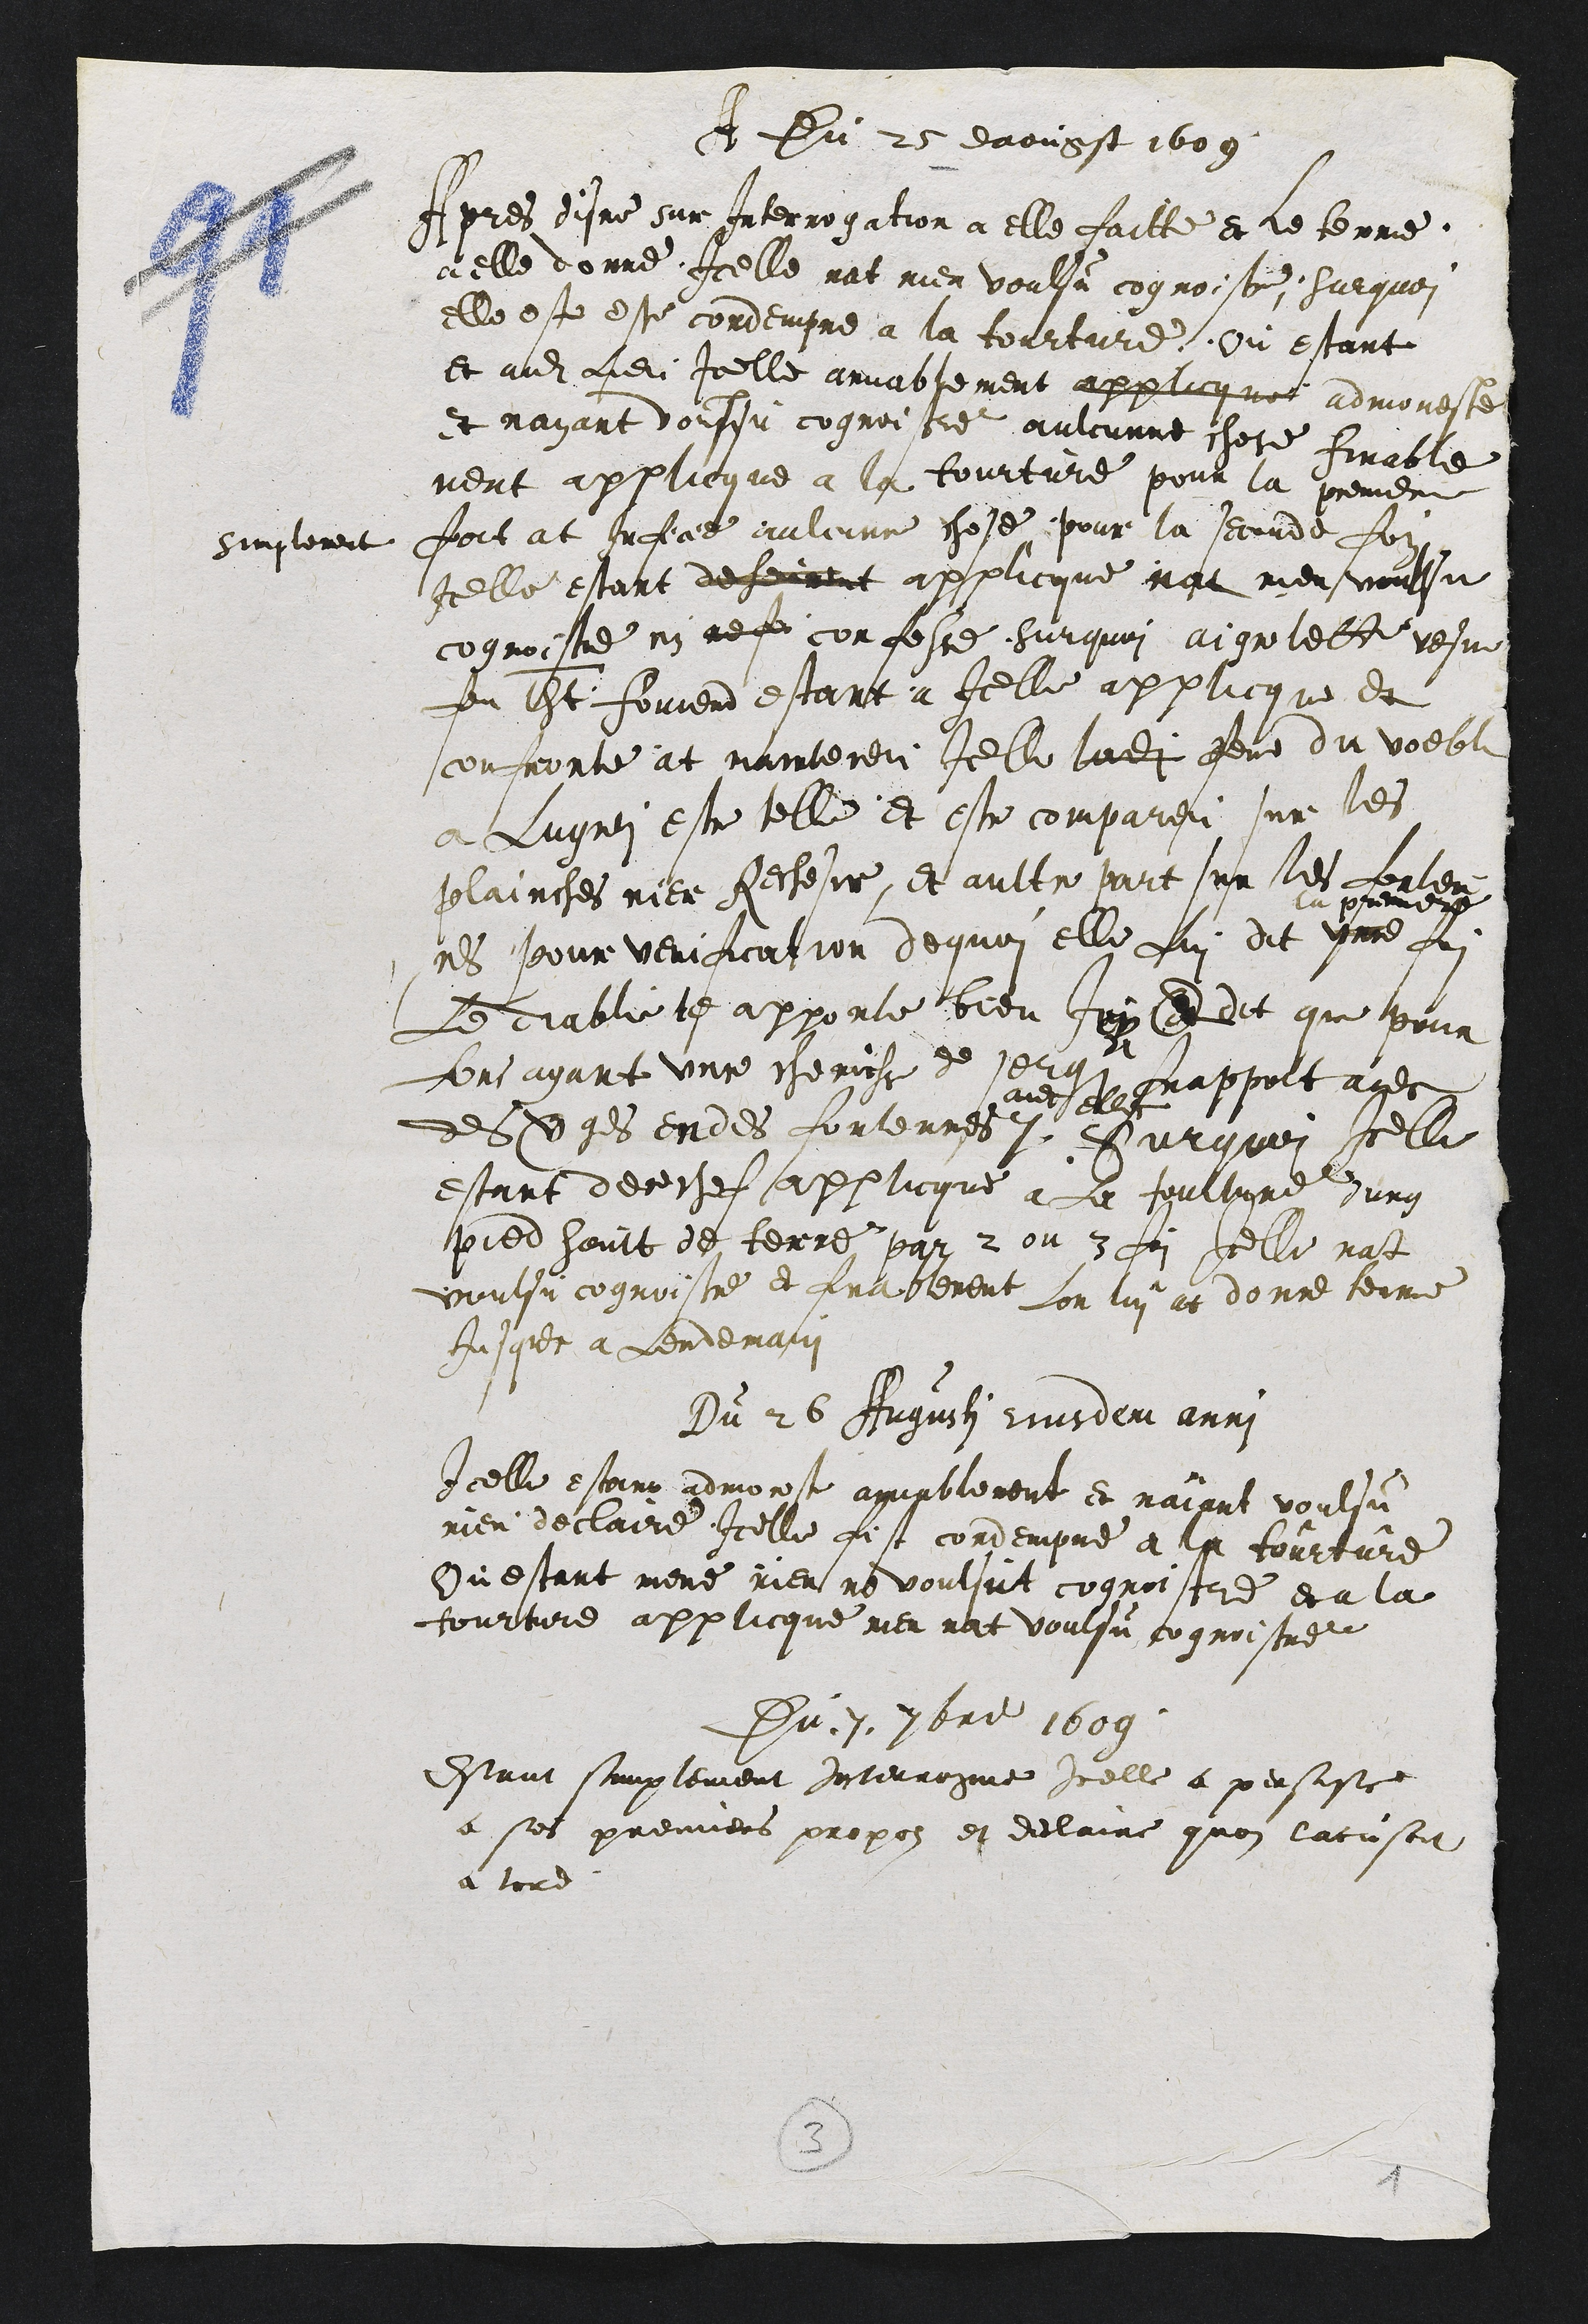
A Du 25 daougst 1609
Apres disne sur Interrogation a elle faitte et le terme
a elle donne Icelle nat rien voulsu cognoistre, sur quoi
elle est estee condempne a la tourture, Ou estant
et audit lieu Icelle amiablement applicque admoneste
et nayant voulsu cognoistre aulcunne chose finable
ment applicque a la tourture pour la premiere
foit at inficie aulcune chose, pour la seconde fois
simplement
Icelle estant dehurent applicque nat rien voulsu
cognoistre ny ne fa confesse Surquoi aignelette vefve
feu Thomat fouvent estant a Icelle applicque et
confronte at mainteneu Icelle ladite Feme du voeble
a Lungnei estre telle et estre compareu sur les
plainches riere Rechesire et aultre part sur les senten-
ces Pour verification dequoi elle Lui dit une
la premiere
foi
Le diable te apporte bien Jeu et dit que pour
Lors ayant unne chemiche de serge et frappoit avec
des verges en des fontennes /
avec elles
Sur quoi Icelle
estant derechef aplicque a la tourture ung
pied hault de terre par 2 ou 3 foi Icelle nat
voulsu cognoistre et finablement lon lui at donne terme
Jusques a Lendemain
Du 26 Augusti ejusdem anni
Icelle estant admoneste amiablement et naiant voulsu
rien declaire Icelle fust condempne a la tourture
Ou estant mene rien ne voulsut cognoistre et a la
tourture applicque rien nat voulsu cognoistre
du . 7. septembre 1609
Estant simplement Interrogue icelle a persiste
a ses premiers propos et declaire quon lacusoit
a tord